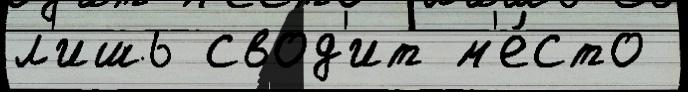
л'ишь свод'ит м'е́сто